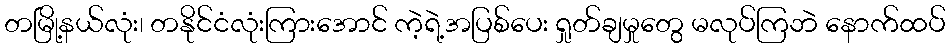
တမြို့နယ်လုံး၊ တနိုင်ငံလုံးကြားအောင် ကဲ့ရဲ့အပြစ်ပေး ရှုတ်ချမှုတွေ မလုပ်ကြဘဲ နောက်ထပ်